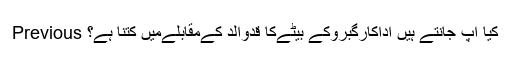
Previous کیا آپ جانتے ہیں اداکارگبروکے بیٹےکا قدوالد کےمقابلےمیں کتنا ہے؟